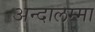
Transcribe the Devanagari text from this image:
अन्दालम्मा